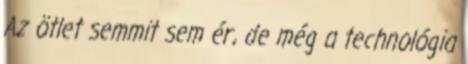
Az ötlet semmit sem ér, de még a technológia